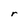
Character: r